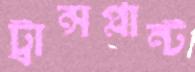
ট্রান্সপ্লান্ট